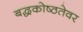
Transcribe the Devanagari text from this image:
बद्धकोष्ठतेवर